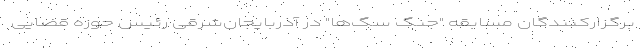
برگزارکنندگان مسابقه "جنگ‌ سگ‌ها" در آذربایجان‌شرقی رئیس حوزه قضایی